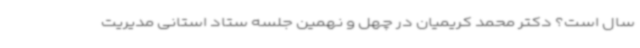
سال است؟ دکتر محمد کریمیان در چهل و نهمین جلسه ستاد استانی مدیریت